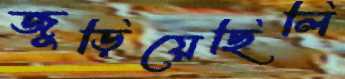
জুড়িয়েছিলি